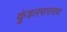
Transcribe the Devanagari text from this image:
कुंडलपारगाव